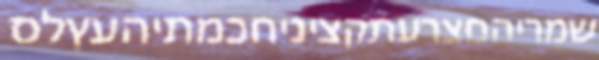
שמריהםצרעתקציניחכמתיהעץלס